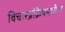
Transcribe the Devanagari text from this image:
विचारप्रक्रियेमधील